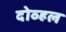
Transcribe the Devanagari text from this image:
दोव्हल